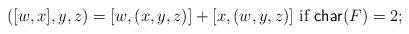
LaTeX: \begin{align*}([w,x],y,z)=[w,(x,y,z)]+[x,(w,y,z)] \mbox{ if } \mathsf{char}(F)=2;\end{align*}